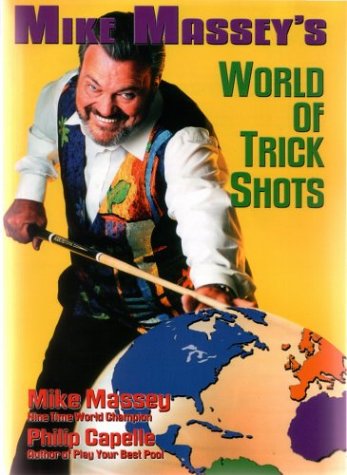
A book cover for Mike Massey's World of Trick Shots; Mike Massey; Sports & Outdoors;